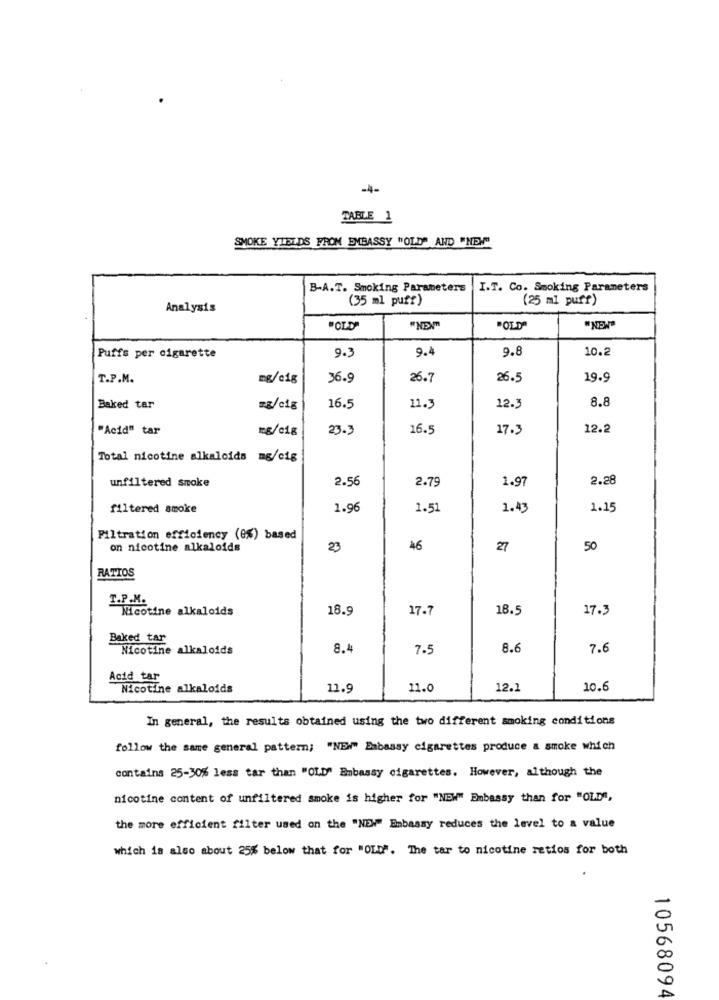
-4-
TABLE 1
SMOKE YIELDS FRON EMBASSY "OLD" AND "NEW"
B-A.T. Smoking Parameters
I.T. Co. Smoking Parameters
(35 ml puff)
(25 ml puff)
Analysis
"OLD"
"NEXT"
"OLD"
Puffs per cigarette
9.3
9.
9.8
10.2
T.P.M.
mg/cig
36.9
26.7
26.5
19.9
8.8
Baked tar
mg/cig
16.5
11.3
12.3
"Acid" tar
mg/c1g
23.3
16.5
17.3
12.2
Total nicotine alkaloids mg/cig
unfiltered smoke
2.56
2.79
1.97
2.28
filtered smoke
1.96
1.51
1.43
1.15
Filtration efficiency (8%) based
on nicotine alkaloids
23
16
27
50
RATIOS
T.P.M.
Nicotine alkaloids
18.9
17.7
18.5
17.3
Baked tar
Nicotine alkaloids
8.4
7.5
8.6
7.6
Acid tar
Nicotine alkaloids
11.9
11.0
12.1
10.6
In general, the results obtained using the two different smoking conditions
follow the same general pattern; "NEW" Embassy cigarettes produce a smoke which
contains 25-30% less tar than "OLD" Embassy cigarettes. However, although the
nicotine content of unfiltered smoke is higher for "NEW" Embassy than for "OLD",
the more efficient filter used on the "NEW" Embassy reduces the level to a value
which is also about 25% below that for "OLD". The tar to nicotine ratios for both
10568094